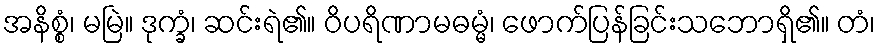
အနိစ္စံ၊ မမြဲ။ ဒုက္ခံ၊ ဆင်းရဲ၏။ ဝိပရိဏာမဓမ္မံ၊ ဖောက်ပြန်ခြင်းသဘောရှိ၏။ တံ၊